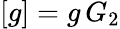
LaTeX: [g]=g\, G_{2}